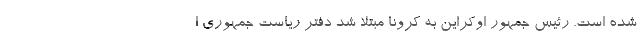
شده است. رئیس جمهور اوکراین به کرونا مبتلا شد دفتر ریاست جمهوری ا